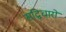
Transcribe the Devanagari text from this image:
सद्विचारों